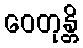
ဝေတုန္တိ